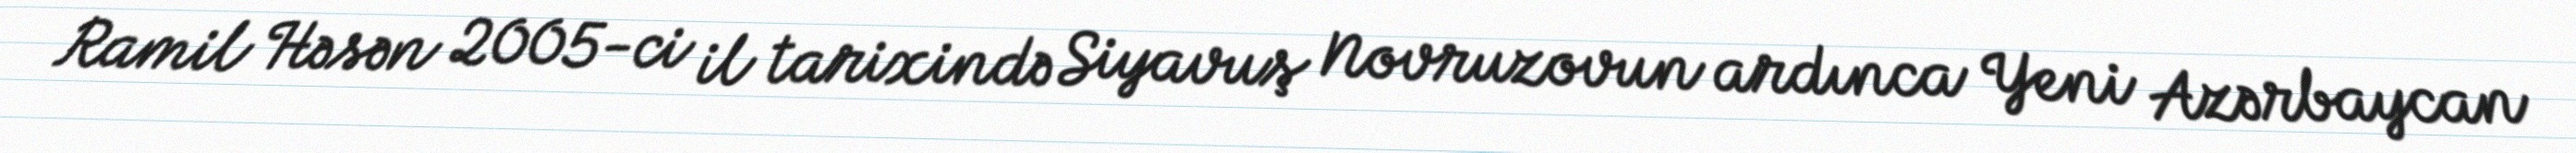
Ramil Həsən 2005-ci il tarixində Siyavuş Novruzovun ardınca Yeni Azərbaycan